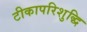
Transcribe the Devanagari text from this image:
टीकापरिशुद्धि